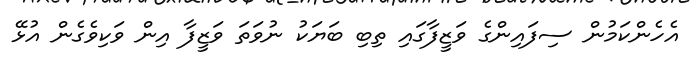
އެހެންކަމުން ސިފައިންގެ ވަޒީފާގައި ތިބި ބަޔަކު ނުވަތަ ވަޒީފާ އިން ވަކިވެގެން އުޅޭ